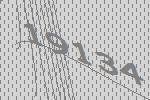
19134